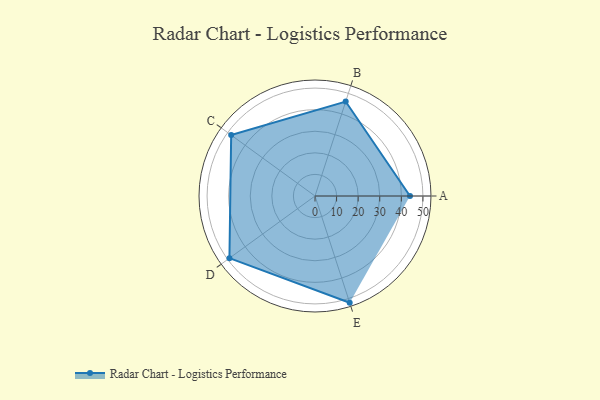
{"axis": {"x": "Skill", "y": "Score"}, "legend": ["Profile"], "data": [{"x": "A", "y": 44.0, "type": "Profile"}, {"x": "B", "y": 46.0, "type": "Profile"}, {"x": "C", "y": 48.0, "type": "Profile"}, {"x": "D", "y": 49.0, "type": "Profile"}, {"x": "E", "y": 52.0, "type": "Profile"}]}